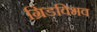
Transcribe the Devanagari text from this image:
ग्रिडविभव